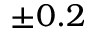
\pm 0 . 2